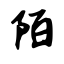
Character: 陌